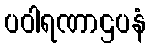
ပဝါရဏာဌပနံ